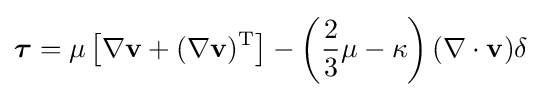
{\boldsymbol {\tau }}=\mu \left[\nabla \mathbf {v} +(\nabla \mathbf {v} )^{\mathrm {T} }\right]-\left({\frac {2}{3}}\mu -\kappa \right)(\nabla \cdot \mathbf {v} )\mathbf {\delta }